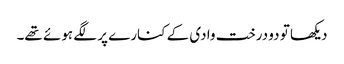
دیکھا تو دو درخت وادی کے کنارے پر لگے ہوئے تھے۔